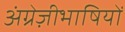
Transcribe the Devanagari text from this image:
अंग्रेज़ीभाषियों